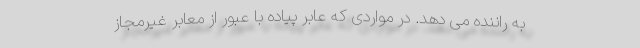
به راننده می دهد. در مواردی که عابر پیاده با عبور از معابر غیرمجاز